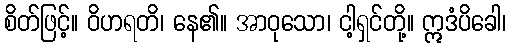
စိတ်ဖြင့်။ ဝိဟရတိ၊ နေ၏။ အာဝုသော၊ ငါ့ရှင်တို့။ ဣဒံပိခေါ၊